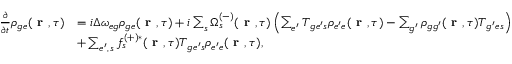
\begin{array} { r l } { \frac { \partial } { \partial t } \rho _ { { g e } } ( \textbf { r } , \tau ) } & { = i \Delta \omega _ { { e g } } \rho _ { { g e } } ( \textbf { r } , \tau ) + i \sum _ { s } \Omega _ { s } ^ { ( - ) } ( \textbf { r } , \tau ) \left( \sum _ { e ^ { \prime } } T _ { { g e ^ { \prime } } s } \rho _ { { e ^ { \prime } e } } ( \textbf { r } , \tau ) - \sum _ { g ^ { \prime } } \rho _ { { g g ^ { \prime } } } ( \textbf { r } , \tau ) T _ { { g ^ { \prime } e } s } \right) } \\ & { + \sum _ { e ^ { \prime } , \, s } f _ { s } ^ { ( + ) * } ( \textbf { r } , \tau ) T _ { { g e ^ { \prime } } s } \rho _ { { e ^ { \prime } e } } ( \textbf { r } , \tau ) , } \end{array}